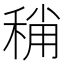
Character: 𥟬